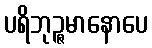
ပရိဘုဉ္ဇမာနောပေ